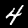
Digit: 4